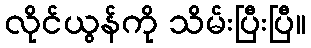
လိုင်ယွန်ကို သိမ်းပြီးပြီ။